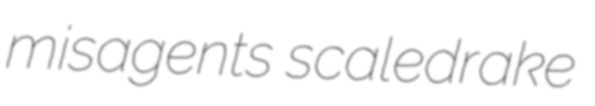
misagents scaledrake